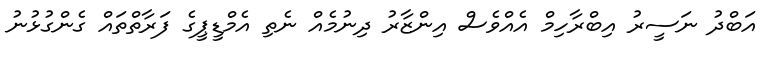
އަބްދު ނަސީރު އިބްރާހިމް އެއްވެސް އިންޒާރު ދިނުމެއް ނެތި އެމްޑީޕީގެ ފަރާތްތައް ގެންގުޅުނު